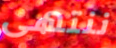
ننتهى